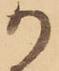
か